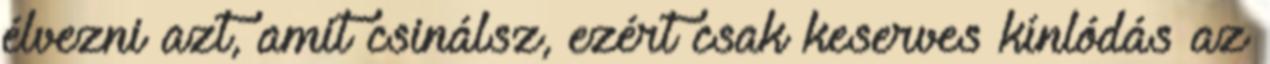
élvezni azt, amit csinálsz, ezért csak keserves kínlódás az